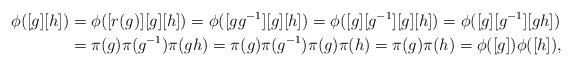
LaTeX: \begin{align*} \phi([g][h]) & = \phi([r(g)][g][h]) = \phi([gg^{-1}][g][h]) = \phi([g][g^{-1}][g][h]) = \phi([g][g^{-1}][gh]) \\ & = \pi(g)\pi(g^{-1})\pi(gh) = \pi(g)\pi(g^{-1})\pi(g)\pi(h) = \pi(g)\pi(h) = \phi([g])\phi([h]),\end{align*}